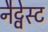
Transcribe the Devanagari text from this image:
नैट्वेस्ट